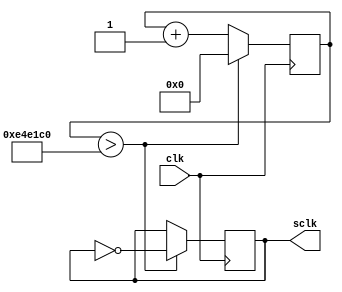
module slow(clk, sclk);
	input clk;
	output reg sclk;
reg [31:0] greg;
always@(posedge clk)
	begin greg <= greg + 1;
		if (greg>15000000) 
			begin sclk<=~sclk;
				greg<=0;
			end
	end
endmodule